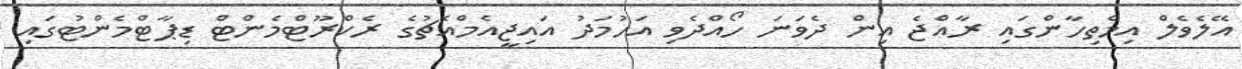
އޭލެވެލް އިމްތިހާންގައި ރާއްޖެ އިން ދެވަނަ ހޯއްދެވި އަހުމަދު އައިޖީއެމްއެޗުގެ ރެކްރޫޓްމެންޓް ޑިޕާޓްމެންޓުގައި